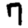
Digit: 7